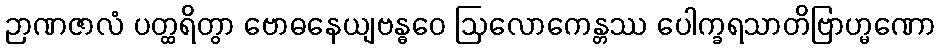
ဉာဏဇာလံ ပတ္ထရိတွာ ဗောဓနေယျဗန္ဓဝေ ဩလောကေန္တဿ ပေါက္ခရသာတိဗြာဟ္မဏော